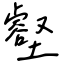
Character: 壑